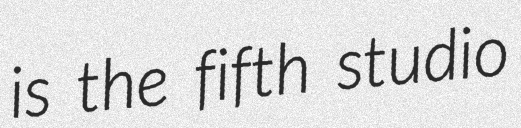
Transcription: is the fifth studio